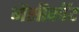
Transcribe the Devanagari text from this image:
मैसीकॉट